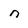
Character: n